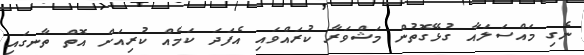
ނެގި މައްސަލައާ ގުޅޭގޮތުން މަޝްވަރާ ކުރައްވައި އެފަދަ ކަމެއް ކުރިއަށް އޮތް ތާނގައި